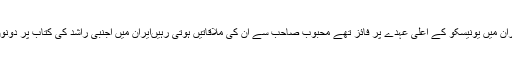
معروف شاعر نون،میم راشد،تہران میں یونیسکو کے اعلیٰ عہدے پر فائز تھے محبوب صاحب سے ان کی ملاقاتیں ہوتی رہیںایران میں اجنبی راشد کی کتاب پر دونوں میں تبادلہ ِ خیال بھی ہوتا رہا۔